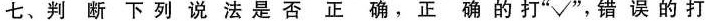
七、判断下列说法是否正确，正确的打”√”，错误的打